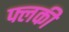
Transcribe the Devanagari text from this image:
फ्लकी